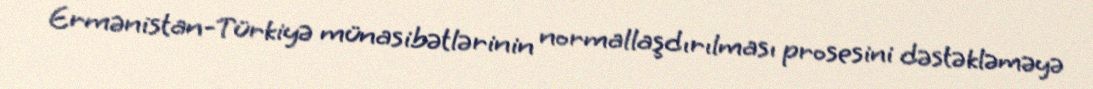
Ermənistan-Türkiyə münasibətlərinin normallaşdırılması prosesini dəstəkləməyə